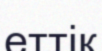
еттік